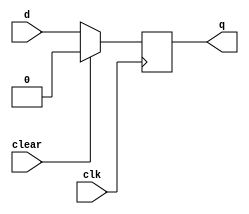
module _dff(d,clk,clear,q); 

input d, clk, clear; 
output reg q; 

always@(posedge clk) 
begin
    if(clear== 1)
        q <= 0;
    else 
        q <= d;
end 
endmodule


module synchronize (output s_o,output[31:0]a_o,output[31:0]b_o,output [7:0]e1_o,output[7:0]e2_o,input s,input[31:0]a,input[31:0]b,input[7:0]e1,input[7:0]e2,input clk);

    wire s_1,s_2,s_3,s_4,s_5,s_6,s_7,s_8;
    wire[31:0] a_1,a_2,a_3,a_4,a_5,a_6,a_7,a_8, b_1,b_2,b_3,b_4,b_5,b_6,b_7,b_8;
    wire [7:0] e1_1,e1_2,e1_3,e1_4,e1_5,e1_6,e1_7,e2_1,e2_2,e2_3,e2_4,e2_5,e2_6,e2_7;

    _dff d_1(s,clk,1'b0,s_1);
    _dff d_2(s_1,clk,1'b0,s_2);
    _dff d_3(s_2,clk,1'b0,s_3);
    _dff d_4(s_3,clk,1'b0,s_4);
    _dff d_5(s_4,clk,1'b0,s_5);
    _dff d_6(s_5,clk,1'b0,s_6);
    _dff d_7(s_6,clk,1'b0,s_7);
    _dff d_8(s_7,clk,1'b0,s_o);

    _dff df1[31:0](a,clk,1'b0,a_1);
    _dff df2[31:0](a_1,clk,1'b0,a_2);
    _dff df3[31:0](a_2,clk,1'b0,a_3);
    _dff df4[31:0](a_3,clk,1'b0,a_4);
    _dff df5[31:0](a_4,clk,1'b0,a_5);
    _dff df6[31:0](a_5,clk,1'b0,a_6);
    _dff df7[31:0](a_6,clk,1'b0,a_7);
    _dff df8[31:0](a_7,clk,1'b0,a_o);

    _dff ddd1[31:0](b,clk,1'b0,b_1);
    _dff ddd2[31:0](b_1,clk,1'b0,b_2);
    _dff ddd3[31:0](b_2,clk,1'b0,b_3);
    _dff ddd4[31:0](b_3,clk,1'b0,b_4);
    _dff ddd5[31:0](b_4,clk,1'b0,b_5);
    _dff ddd6[31:0](b_5,clk,1'b0,b_6);
    _dff ddd7[31:0](b_6,clk,1'b0,b_7);
    _dff ddd8[31:0](b_7,clk,1'b0,b_o);

    _dff __dff1[7:0](e1,clk,1'b0,e1_1);
    _dff __dff2[7:0](e1_1,clk,1'b0,e1_2);
    _dff __dff3[7:0](e1_2,clk,1'b0,e1_3);
    _dff __dff4[7:0](e1_3,clk,1'b0,e1_4);
    _dff __dff5[7:0](e1_4,clk,1'b0,e1_5);
    _dff __dff6[7:0](e1_5,clk,1'b0,e1_6);
    _dff __dff7[7:0](e1_6,clk,1'b0,e1_7);
    _dff __dff8[7:0](e1_7,clk,1'b0,e1_o);

    _dff __dd1[7:0](e2,clk,1'b0,e2_1);
    _dff __dd2[7:0](e2_1,clk,1'b0,e2_2);
    _dff __dd3[7:0](e2_2,clk,1'b0,e2_3);
    _dff __dd4[7:0](e2_3,clk,1'b0,e2_4);
    _dff __dd5[7:0](e2_4,clk,1'b0,e2_5);
    _dff __dd6[7:0](e2_5,clk,1'b0,e2_6);
    _dff __dd7[7:0](e2_6,clk,1'b0,e2_7);
    _dff __dd8[7:0](e2_7,clk,1'b0,e2_o);


endmodule